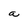
Character: a